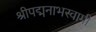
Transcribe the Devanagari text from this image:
श्रीपद्मनाभस्वामी